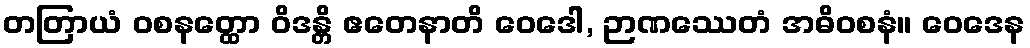
တတြာယံ ဝစနတ္ထော ဝိဒန္တိ ဧတေနာတိ ဝေဒေါ, ဉာဏဿေတံ အဓိဝစနံ။ ဝေဒေန